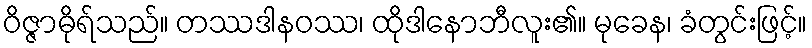
ဝိဇ္ဇာဓိုရ်သည်။ တဿဒါနဝဿ၊ ထိုဒါနောဘီလူး၏။ မုခေန၊ ခံတွင်းဖြင့်။